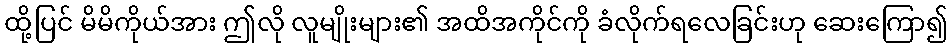
ထို့ပြင် မိမိကိုယ်အား ဤလို လူမျိုးများ၏ အထိအကိုင်ကို ခံလိုက်ရလေခြင်းဟု ဆေးကြော၍